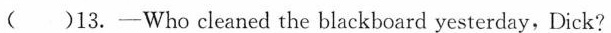
( )13.-Who cleaned the blackboard yesterday, Dick?